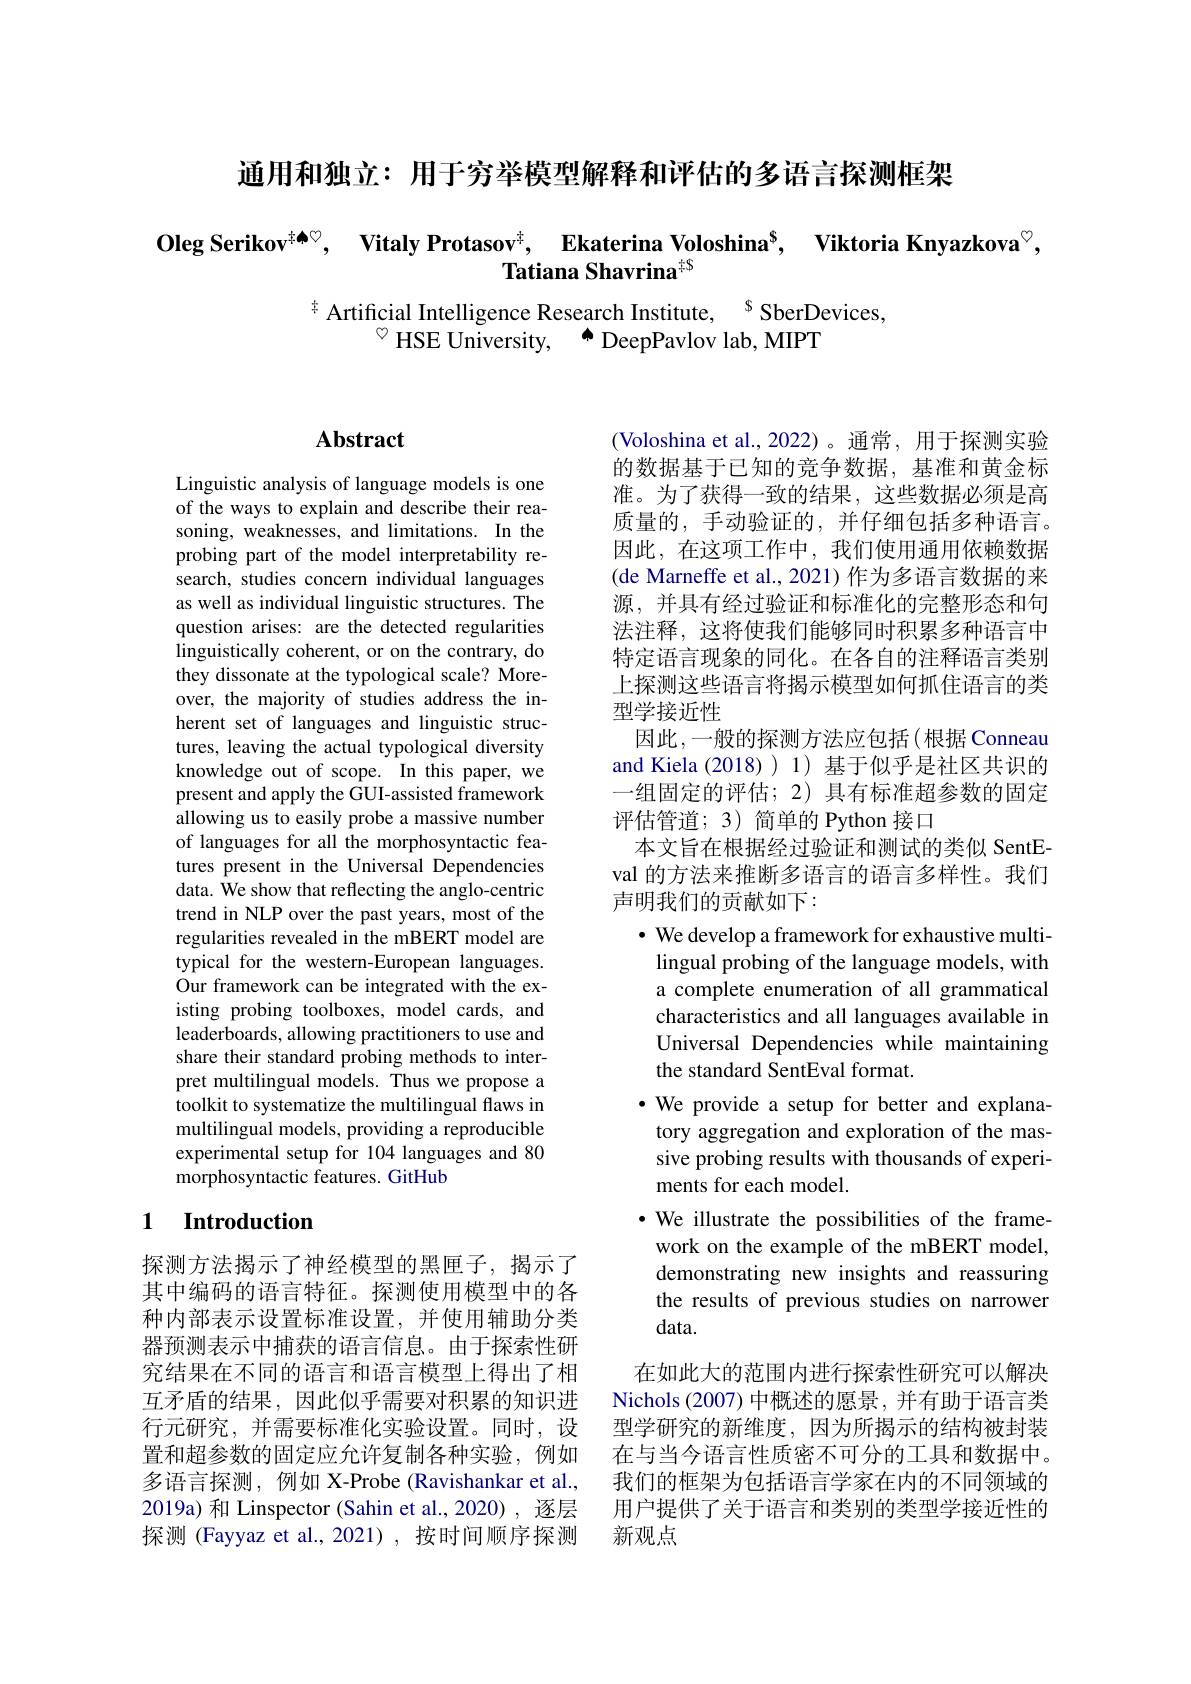
通用和独立：用于穷举模型解释和评估的多语言探测框架

$\textbf{Oleg Serikov}^{\text{非 本 }\heartsuit }$, $\textbf{Vitaly Protasov}^{\ddagger }$, $\text{Ekaterina Voloshina}^{\$ }$, $\textbf{Viktoria Knyazkova}^{\circ }$,

$^{\ddagger}$ Artificial Intelligence Research Institute, $^{\mathrm{s}}$SberDevices,
$^{\circ}$ HSE University, $\overset {\bullet }{\operatorname* { \operatorname* { \text{DeepPavlov lab, MIPT}} } }$

# Abstract

Linguistic analysis of language models is one of the ways to explain and describe their reasoning, weaknesses, and limitations. In the probing part of the model interpretability research, studies concern individual languages as well as individual linguistic structures. The question arises: are the detected regularities linguistically coherent, or on the contrary, do they dissonate at the typological scale? Moreover, the majority of studies address the inherent set of languages and linguistic structures, leaving the actual typological diversity knowledge out of scope. In this paper, we present and apply the GUI-assisted framework allowing us to easily probe a massive number of languages for all the morphosyntactic features present in the Universal Dependencies data. We show that reflecting the anglo-centric trend in NLP over the past years, most of the regularities revealed in the mBERT model are typical for the western-European languages. Our framework can be integrated with the existing probing toolboxes, model cards, and leaderboards, allowing practitioners to use and share their standard probing methods to interpret multilingual models. Thus we propose a toolkit to systematize the multilingual flaws in multilingual models, providing a reproducible experimental setup for 104 languages and 80 morphosyntactic features. GitHub

## 1 Introduction

探测方法揭示了神经模型的黑匣子，揭示了其中编码的语言特征。探测使用模型中的各种内部表示设置标准设置，并使用辅助分类器预测表示中捕获的语言信息。由于探索性研究结果在不同的语言和语言模型上得出了相互矛盾的结果，因此似乎需要对积累的知识进行元研究，并需要标准化实验设置。同时，设置和超参数的固定应允许复制各种实验，例如多语言探测，例如 X-Probe (Ravishankar et al., 2019a) 和 Linspector (Sahin et al.,2020) , 逐层探测 (Fayyaz et al.,2021),按时间顺序探测

(Voloshina et al., 2022) 。通常，用于探测实验的数据基于已知的竞争数据，基准和黄金标准。为了获得一致的结果，这些数据必须是高质量的，手动验证的，并仔细包括多种语言。因此，在这项工作中，我们使用通用依赖数据(de Marneffe et al., 2021) 作为多语言数据的来源，并具有经过验证和标准化的完整形态和句法注释，这将使我们能够同时积累多种语言中特定语言现象的同化。在各自的注释语言类别上探测这些语言将揭示模型如何抓住语言的类型学接近性
因此，一般的探测方法应包括(根据 Conneau and Kiela (2018)) 1) 基于似乎是社区共识的一组固定的评估；2)具有标准超参数的固定评估管道；3) 简单的 Python 接口
本文旨在根据经过验证和测试的类似 SentEval 的方法来推断多语言的语言多样性。我们声明我们的贡献如下：
$\cdot$ We develop a framework for exhaustive multi-
lingual probing of the language models, with a complete enumeration of all grammatical characteristics and all languages available in Universal Dependencies while maintaining the standard SentEval format.
$\bullet$ We provide a setup for better and explanatory aggregation and exploration of the massive probing results with thousands of experiments for each model.
$\bullet$ We illustrate the possibilities of the framework on the example of the mBERT model, demonstrating new insights and reassuring the results of previous studies on narrower data.
在如此大的范围内进行探索性研究可以解决Nichols (2007) 中概述的愿景，并有助于语言类型学研究的新维度，因为所揭示的结构被封装在与当今语言性质密不可分的工具和数据中。我们的框架为包括语言学家在内的不同领域的用户提供了关于语言和类别的类型学接近性的新观点